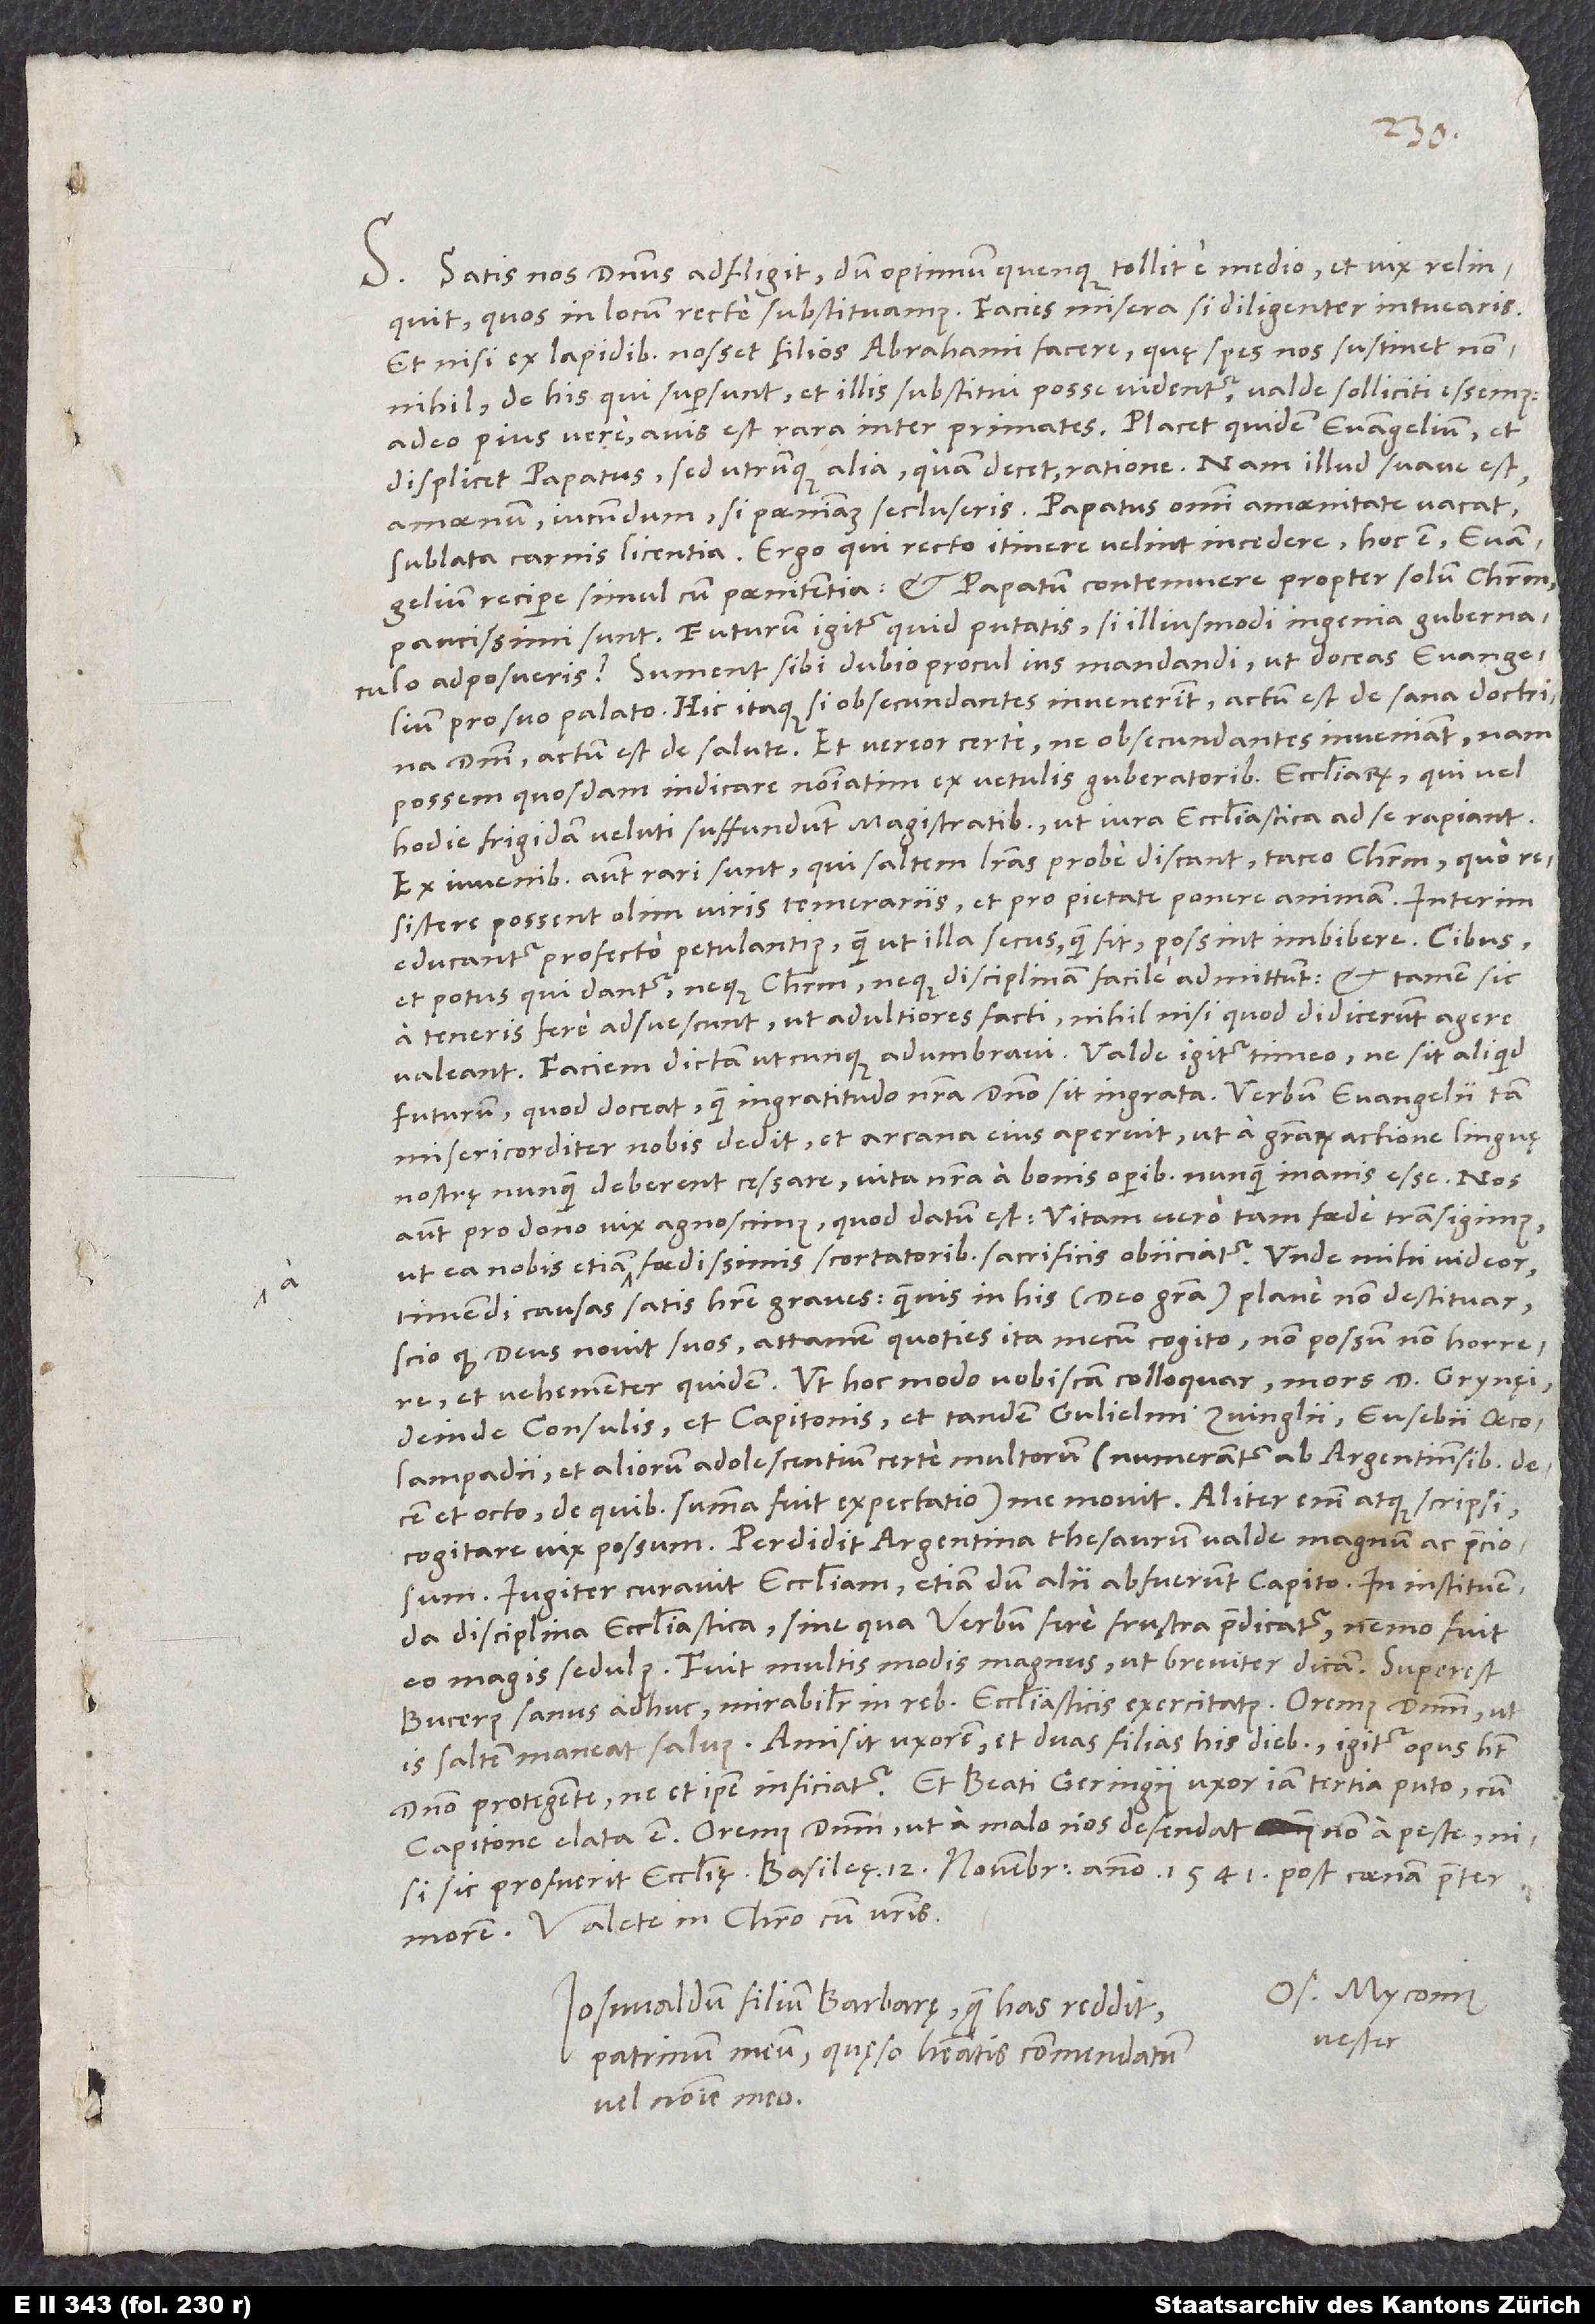
d.

S. Satis nos dominus adfligit, dum optimum quenque tollit e medio et vix relinquit,
quos in locum recte substituamus. Facies misera, si diligenter intuearis.
Et nisi ex lapidibus nosset filios Abrahami facere, quę spes nos sustinet nonnihil,
de his, qui supersunt et illis substitui posse videntur, valde solliciti essemus.
Adeo pius avis est rara inter primates. Placet quidem evangelium et
displicet papatus, sed utrunque alia, quam decet, ratione. Nam illud suave est,
amoenum, iucundum, si poenitentiam secluseris. Papatus omni amoenitate vacat
sublata carnis licentia. Ergo, qui recto itinere velint incedere, hoc est evangelium
recipere cum poenitentia et papatum contemnere propter solum Christum,
paucissimi sunt. Futurum igitur quid putatis, si illiusmodi ingenia gubernaculo
adposueris? Sument sibi dubio procul ius mandandi, ut doceas evangelium
pro suo palato. Hic itaque si obsecundantes invenerint, actum est de sana doctrina
domini, actum est de salute. Et vereor certe, ne obsecundantes inveniant; nam
possem quosdam indicare nominatim ex vetulis gubernatoribus ecclesiarum, qui vel
hodie frigidam veluti suffundunt magistratibus, ut iura ecclesiastica ad se rapiant.
Ex iuvenibus autem rari sunt, qui saltem literas prope discant, taceo Christum, quo
resistere possent olim viris temerariis et pro pietate ponere animam. Interim
educantur profecto petulantius, quam ut illa secus, quam fit, possint imbibere.
et potus, qui dantur, neque Christum neque disciplinam facile admittunt, et tamen sic
a teneris fere adsuescunt, ut adulteriores facti nihil, nisi quod didicerunt, agere
futurum, quod doceat, quam ingratitudo nostra domino sit ingrata. Verbum evangelii tam
misericorditer nobis dedit et arcana eius aperuit, ut a gratiarum actione linguę
nostrę nunquam deberent cessare, vita nostra a bonis operibus nunquam inanis esse. Nos
autem pro dono vix agnoscimus, quod datum est, vitam vero tam foede transigimus,
timendi causas satis habere graves, quamvis in his (deo gratia) plane non destituar.
Scio, quod deus novit suos; attamen, quoties ita mecum cogito, non possum non horrere,
deinde consulis et Capitonis et tandem Gulielmi Zvinglii, Eusebii Oecolampadii
et aliorum adolescentium certe multorum (numerantur ab Argentinensibus decem
et octo, de quibus summa fuit expectatio) me movit. Aliter enim, atque scripsi,
cogitare vix possum. Perdidit Argentina thesaurum valde magnum ac preciosum.
Iugiter curavit ecclesiam, etiam dum alii abfuerunt, Capito. In instituenda
disciplina ecclesiastica, sine qua verbum fere frustra praedicatur, nemo fuit
eo magis sedulus. Fuit multis modis magnus, ut breviter dicam.
Bucerus sanus adhuc, mirabiliter in rebus ecclesiasticis exercitatus. Oremus dominum, ut
is saltem maneat salvus. Amisit uxorem et duas filias his diebus; igitur opus habet
domino protegente, ne ipse et inficiatur. Et Beati Geringii uxor - iam tertia, puto - cum
Capitone elata est. Oremus dominum, ut a malo nos defendat, non a peste, nisi
sic profuerit ecclesię. Basileę, 12. novembris 1541 post coenam praeter
Valete in Christo cum vestris.
Os. Myconius
Joswaldum, filium Barbarę, quę has reddit,
vester.
patrinum meum, quęso habeatis commendatum
vel nomine meo.